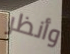
وأنظر